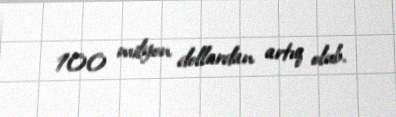
100 milyon dollardan artıq olub.